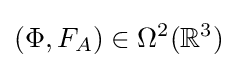
(\Phi ,F_{A})\in \Omega ^{2}(\mathbb {R} ^{3})